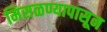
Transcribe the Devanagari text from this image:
मिसळण्यापासून